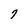
Character: 7